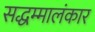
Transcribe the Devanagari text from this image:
सद्धम्मालंकार